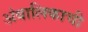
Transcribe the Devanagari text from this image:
अंबालिकाची